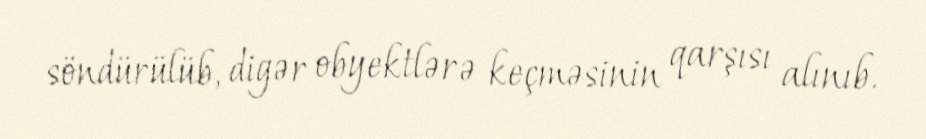
söndürülüb, digər obyektlərə keçməsinin qarşısı alınıb.